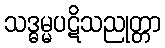
သဒ္ဓမ္မပဋိသညုတ္တာ